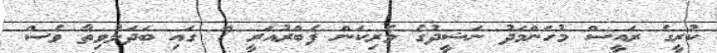
ކުރީގެ ރައީސް މުހަންމަދު ނަޝީދުގެ ވެރިކަން ފެބްރުއަރީ 7 ގައި ބަދަލުވިތާ ވެސް